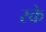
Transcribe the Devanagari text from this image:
स्के